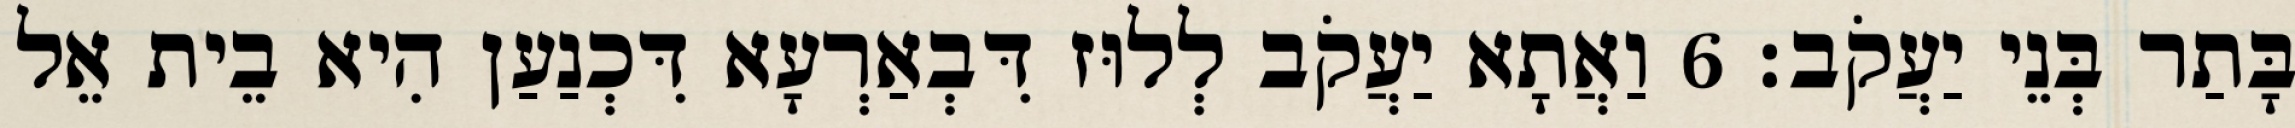
בָּתַר בְּנֵי יַעֲקֹב׃ 6 וַאֲתָא יַעֲקֹב לְלוּז דִּבְאַרְעָא דִּכְנַעַן הִיא בֵית אֵל